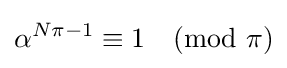
\alpha ^{N\pi -1}\equiv 1{\pmod {\pi }}